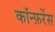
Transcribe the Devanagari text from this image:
काॅन्फ़रेंस